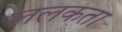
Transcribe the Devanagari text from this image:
ललकता